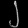
Digit: ၂